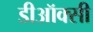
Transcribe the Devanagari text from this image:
डीऑक्सी